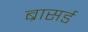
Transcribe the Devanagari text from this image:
ब्रासर्ड